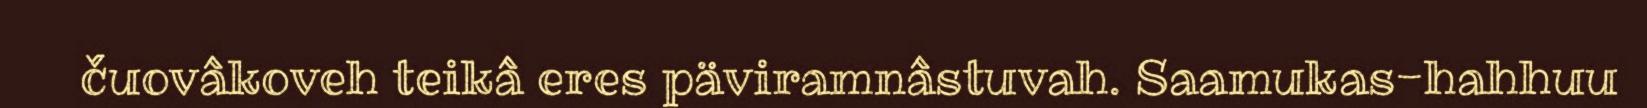
čuovâkoveh teikâ eres päviramnâstuvah. Saamukas-hahhuu